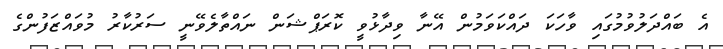
އެ ބައްދަލުވުމުގައި ވާހަކަ ދައްކަވަމުން އޭނާ ވިދާޅުވީ ކޮރަޕްޝަން ނައްތާލެވޭނީ ސަރުކާރު މުވައްޒަފުންގެ